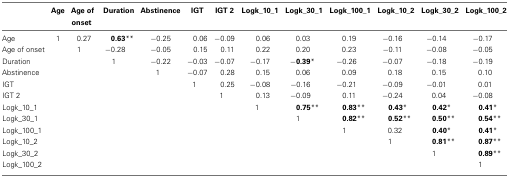
|  | Age | Age of onset | Duration | Abstinence | IGT | IGT 2 | Logk_10_1 | Logk_30_1 | Logk_100_1 | Logk_10_2 | Logk_30_2 | Logk_100_2 |
 | --- | --- | --- | --- | --- | --- | --- | --- | --- | --- | --- | --- | --- |
 | Age | 1 | 0.27 | 0.63** | −0.25 | 0.06 | −0.09 | 0.06 | 0.03 | 0.19 | −0.16 | −0.14 | −0.17 |
 | Age of onset |  | 1 | −0.28 | −0.05 | 0.15 | 0.11 | 0.22 | 0.20 | 0.23 | −0.11 | −0.08 | −0.05 |
 | Duration |  |  | 1 | −0.22 | −0.03 | −0.07 | −0.17 | −0.39* | −0.26 | −0.07 | −0.18 | −0.19 |
 | Abstinence |  |  |  | 1 | −0.07 | 0.28 | 0.15 | 0.06 | 0.09 | 0.18 | 0.15 | 0.10 |
 | IGT |  |  |  |  | 1 | 0.25 | −0.08 | −0.16 | −0.21 | −0.09 | −0.01 | 0.01 |
 | IGT 2 |  |  |  |  |  | 1 | 0.13 | −0.09 | 0.11 | −0.24 | 0.04 | −0.08 |
 | Logk_10_1 |  |  |  |  |  |  | 1 | 0.75** | 0.83** | 0.43* | 0.42* | 0.41* |
 | Logk_30_1 |  |  |  |  |  |  |  | 1 | 0.82** | 0.52** | 0.50** | 0.54** |
 | Logk_100_1 |  |  |  |  |  |  |  |  | 1 | 0.32 | 0.40* | 0.41* |
 | Logk_10_2 |  |  |  |  |  |  |  |  |  | 1 | 0.81** | 0.87** |
 | Logk_30_2 |  |  |  |  |  |  |  |  |  |  | 1 | 0.89** |
 | Logk_100_2 |  |  |  |  |  |  |  |  |  |  |  | 1 |